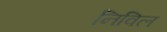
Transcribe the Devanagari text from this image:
निविल